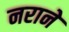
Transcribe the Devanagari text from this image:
नराने